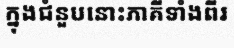
ក្នុងជំនួបនោះភាគីទាំងពីរ